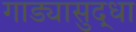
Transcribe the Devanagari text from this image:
गाड्यासुद्धा